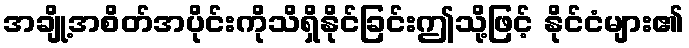
အချို့အစိတ်အပိုင်းကိုသိရှိနိုင်ခြင်းဤသို့ဖြင့် နိုင်ငံများ၏